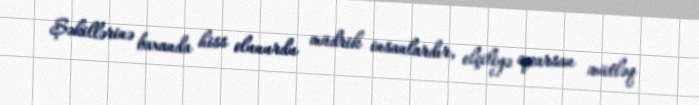
Şəkillərinə baxanda hiss olunurdu müdrik insanlardır, elçiliyə aparsan mütləq